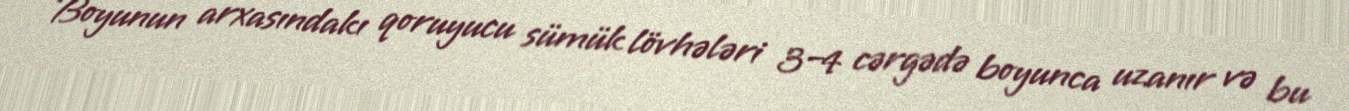
Boyunun arxasındakı qoruyucu sümük lövhələri 3–4 cərgədə boyunca uzanır və bu